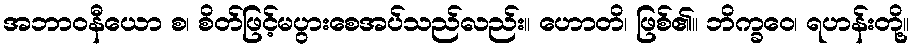
အဘာဝနီယော စ၊ စိတ်ဖြင့်မပွားစေအပ်သည်လည်း။ ဟောတိ၊ ဖြစ်၏။ ဘိက္ခဝေ၊ ရဟန်းတို့။